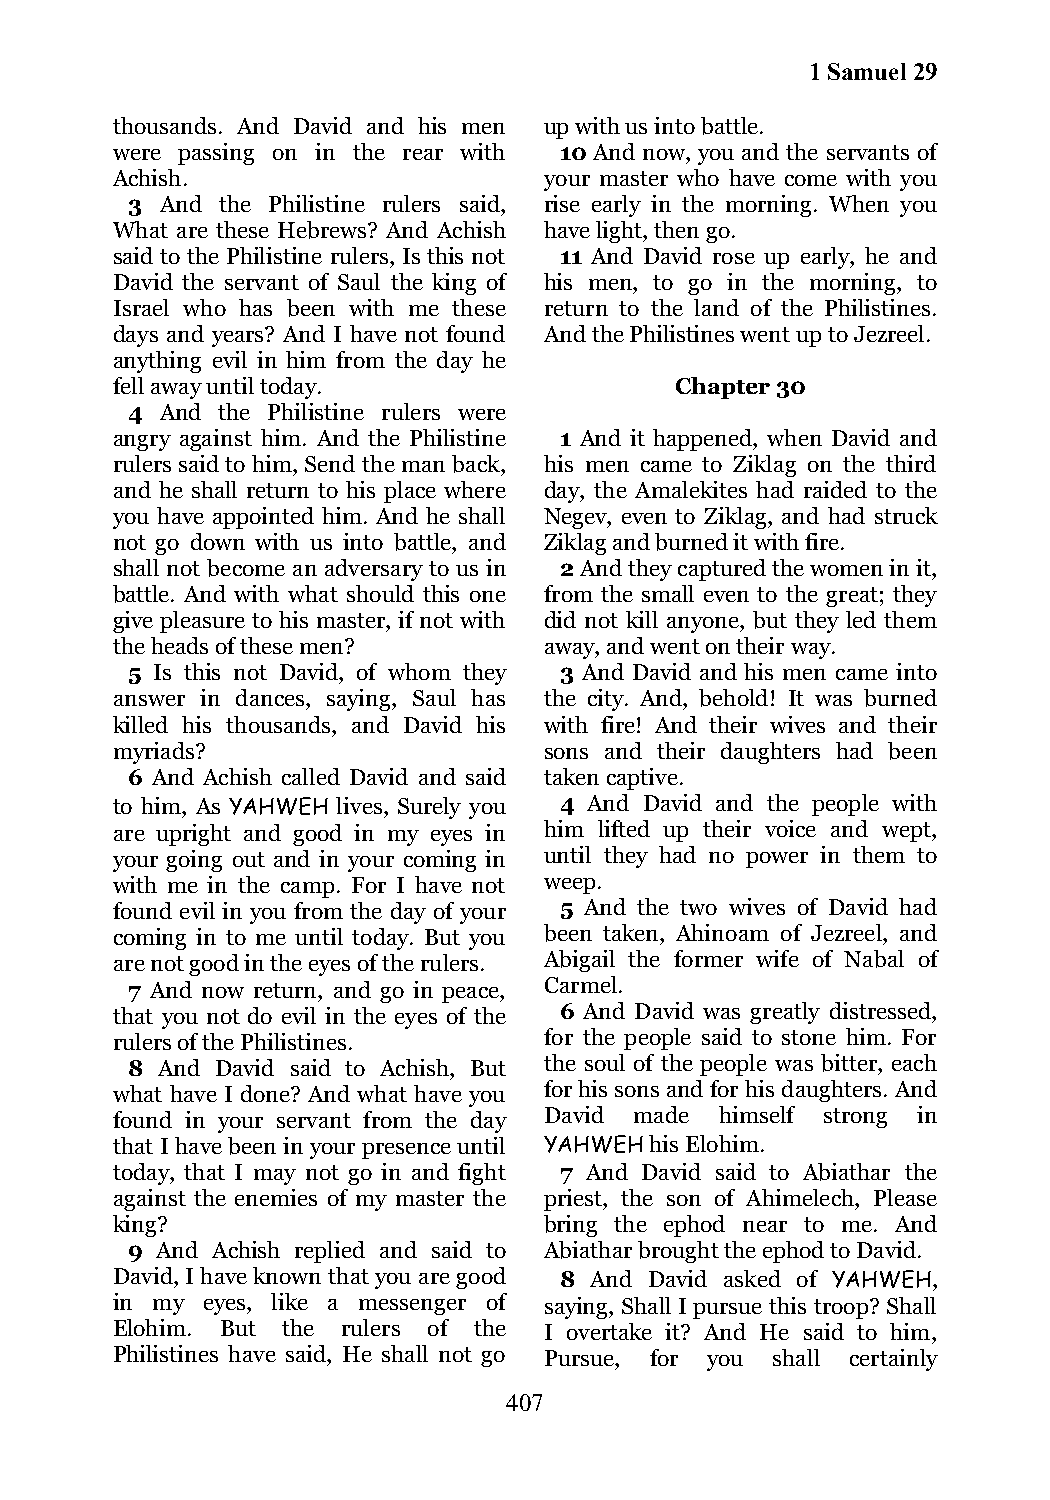
1 Samuel 29
 thousands. And David and his men up with us into battle.
 were passing on in the rear with 10 And now, you and the servants of
 Achish.                      your master who have come with you
 3  And the Philistine rulers said, rise early in the morning. When you
 What are these Hebrews? And Achish have light, then go.
 said to the Philistine rulers, Is this not 11 And David rose up early, he and
 David the servant of Saul the king of his men, to go in the morning, to
 Israel who has been with me these return to the land of the Philistines.
 days and years? And I have not found And the Philistines went up to Jezreel.
 anything evil in him from the day he
 fell away until today.                Chapter 30
 4  And the Philistine rulers were
 angry against him. And the Philistine 1 And it happened, when David and
 rulers said to him, Send the man back, his men came to Ziklag on the third
 and he shall return to his place where day, the Amalekites had raided to the
 you have appointed him. And he shall Negev, even to Ziklag, and had struck
 not go down with us into battle, and Ziklag and burned it with fire.
 shall not become an adversary to us in 2 And they captured the women in it,
 battle. And with what should this one from the small even to the great; they
 give pleasure to his master, if not with did not kill anyone, but they led them
 the heads of these men?      away, and went on their way.
 5 Is this not David, of whom they 3 And David and his men came into
 answer in dances, saying, Saul has the city. And, behold! It was burned
 killed his thousands, and David his with fire! And their wives and their
 myriads?                     sons and their daughters had been
 6 And Achish called David and said taken captive.
 to him, As YAHWEH lives, Surely you 4 And David and the people with
 are upright and good in my eyes in him lifted up their voice and wept,
 your going out and in your coming in until they had no power in them to
 with me in the camp. For I have not weep.
 found evil in you from the day of your 5 And the two wives of David had
 coming in to me until today. But you been taken, Ahinoam of Jezreel, and
 are not good in the eyes of the rulers. Abigail the former wife of Nabal of
 7 And now return, and go in peace, Carmel.
 that you not do evil in the eyes of the 6 And David was greatly distressed,
 rulers of the Philistines.   for the people said to stone him. For
 8 And David said to Achish, But the soul of the people was bitter, each
 what have I done? And what have you for his sons and for his daughters. And
 found in your servant from the day David made himself strong in
 that I have been in your presence until YAHWEH his Elohim.
 today, that I may not go in and fight 7 And David said to Abiathar the
 against the enemies of my master the priest, the son of Ahimelech, Please
 king?                        bring the ephod near to me. And
 9 And Achish replied and said to Abiathar brought the ephod to David.
 David, I have known that you are good 8 And David asked of YAHWEH,
 in my eyes, like a messenger of saying, Shall I pursue this troop? Shall
 Elohim. But the rulers of the I overtake it? And He said to him,
 Philistines have said, He shall not go Pursue, for you shall certainly
 407